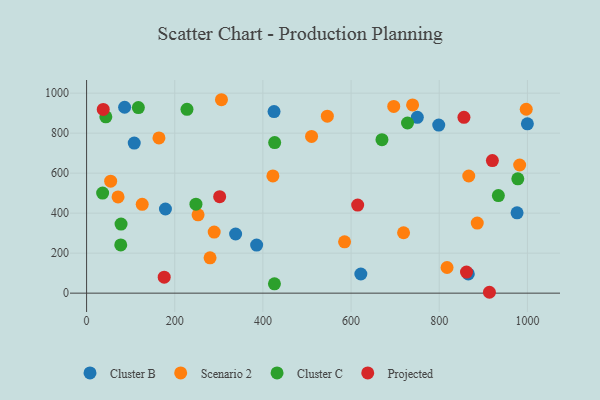
{"axis": {"x": "Ad Spend", "y": "Yield"}, "legend": ["Cluster B", "Cluster C", "Projected", "Scenario 2"], "data": [{"x": "976.6", "y": 401.9, "type": "Cluster B"}, {"x": "338.1", "y": 295.7, "type": "Cluster B"}, {"x": "866.0", "y": 96.4, "type": "Cluster B"}, {"x": "425.3", "y": 907.8, "type": "Cluster B"}, {"x": "622.2", "y": 95.9, "type": "Cluster B"}, {"x": "750.3", "y": 879.4, "type": "Cluster B"}, {"x": "86.3", "y": 929.6, "type": "Cluster B"}, {"x": "108.1", "y": 750.6, "type": "Cluster B"}, {"x": "1000.0", "y": 846.8, "type": "Cluster B"}, {"x": "178.9", "y": 420.8, "type": "Cluster B"}, {"x": "798.9", "y": 840.2, "type": "Cluster B"}, {"x": "385.8", "y": 240.3, "type": "Cluster B"}, {"x": "252.9", "y": 391.7, "type": "Scenario 2"}, {"x": "982.5", "y": 640.8, "type": "Scenario 2"}, {"x": "306.0", "y": 967.2, "type": "Scenario 2"}, {"x": "164.2", "y": 776.0, "type": "Scenario 2"}, {"x": "71.4", "y": 481.4, "type": "Scenario 2"}, {"x": "126.2", "y": 444.3, "type": "Scenario 2"}, {"x": "510.4", "y": 783.8, "type": "Scenario 2"}, {"x": "546.2", "y": 885.1, "type": "Scenario 2"}, {"x": "696.8", "y": 933.7, "type": "Scenario 2"}, {"x": "817.8", "y": 128.2, "type": "Scenario 2"}, {"x": "422.7", "y": 586.4, "type": "Scenario 2"}, {"x": "585.3", "y": 256.6, "type": "Scenario 2"}, {"x": "289.5", "y": 305.5, "type": "Scenario 2"}, {"x": "867.0", "y": 585.7, "type": "Scenario 2"}, {"x": "997.4", "y": 919.5, "type": "Scenario 2"}, {"x": "280.1", "y": 176.6, "type": "Scenario 2"}, {"x": "719.1", "y": 302.1, "type": "Scenario 2"}, {"x": "54.6", "y": 559.9, "type": "Scenario 2"}, {"x": "739.6", "y": 941.0, "type": "Scenario 2"}, {"x": "886.3", "y": 350.6, "type": "Scenario 2"}, {"x": "426.2", "y": 46.5, "type": "Cluster C"}, {"x": "978.3", "y": 571.7, "type": "Cluster C"}, {"x": "78.2", "y": 345.3, "type": "Cluster C"}, {"x": "248.1", "y": 445.0, "type": "Cluster C"}, {"x": "670.1", "y": 767.6, "type": "Cluster C"}, {"x": "426.7", "y": 753.0, "type": "Cluster C"}, {"x": "117.5", "y": 928.1, "type": "Cluster C"}, {"x": "227.8", "y": 919.0, "type": "Cluster C"}, {"x": "43.7", "y": 881.9, "type": "Cluster C"}, {"x": "36.4", "y": 500.6, "type": "Cluster C"}, {"x": "934.2", "y": 488.1, "type": "Cluster C"}, {"x": "77.5", "y": 241.0, "type": "Cluster C"}, {"x": "728.1", "y": 850.7, "type": "Cluster C"}, {"x": "615.0", "y": 440.4, "type": "Projected"}, {"x": "913.9", "y": 4.4, "type": "Projected"}, {"x": "856.1", "y": 879.2, "type": "Projected"}, {"x": "861.9", "y": 105.3, "type": "Projected"}, {"x": "301.9", "y": 482.2, "type": "Projected"}, {"x": "920.6", "y": 662.7, "type": "Projected"}, {"x": "37.8", "y": 918.6, "type": "Projected"}, {"x": "176.1", "y": 80.0, "type": "Projected"}]}